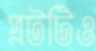
প্লটটিও